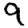
Digit: 9